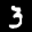
Label: 3